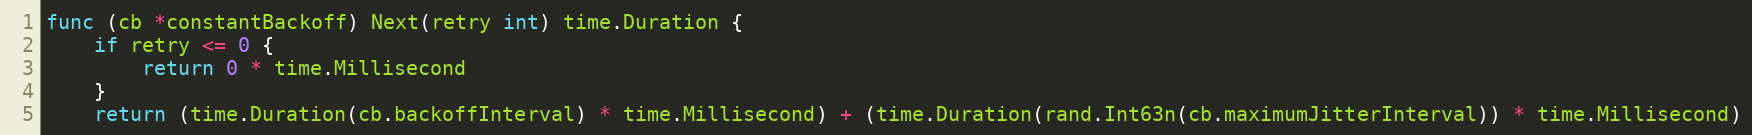
Language: Go
func (cb *constantBackoff) Next(retry int) time.Duration {
	if retry <= 0 {
		return 0 * time.Millisecond
	}
	return (time.Duration(cb.backoffInterval) * time.Millisecond) + (time.Duration(rand.Int63n(cb.maximumJitterInterval)) * time.Millisecond)